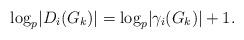
LaTeX: \begin{align*} \log_p\lvert D_i(G_k) \rvert = \log_p\lvert \gamma_i(G_k) \rvert +1. \end{align*}